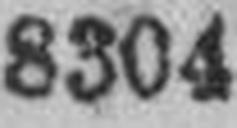
8304